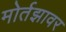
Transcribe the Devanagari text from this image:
मोर्तझावर